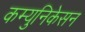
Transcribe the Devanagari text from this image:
कम्युनिकेसन